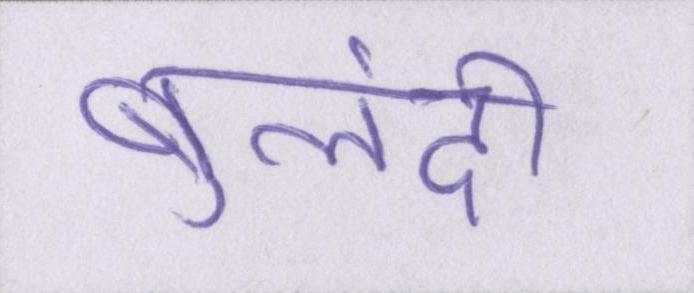
बुलंदी